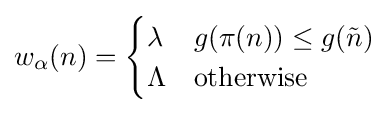
w_{\alpha }(n)={\begin{cases}\lambda &g(\pi (n))\leq g({\tilde {n}})\\\Lambda &{\text{otherwise}}\end{cases}}